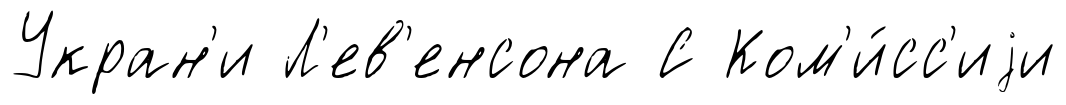
Укран'и Л'ев'енсона С Ком'и́сс'иjи